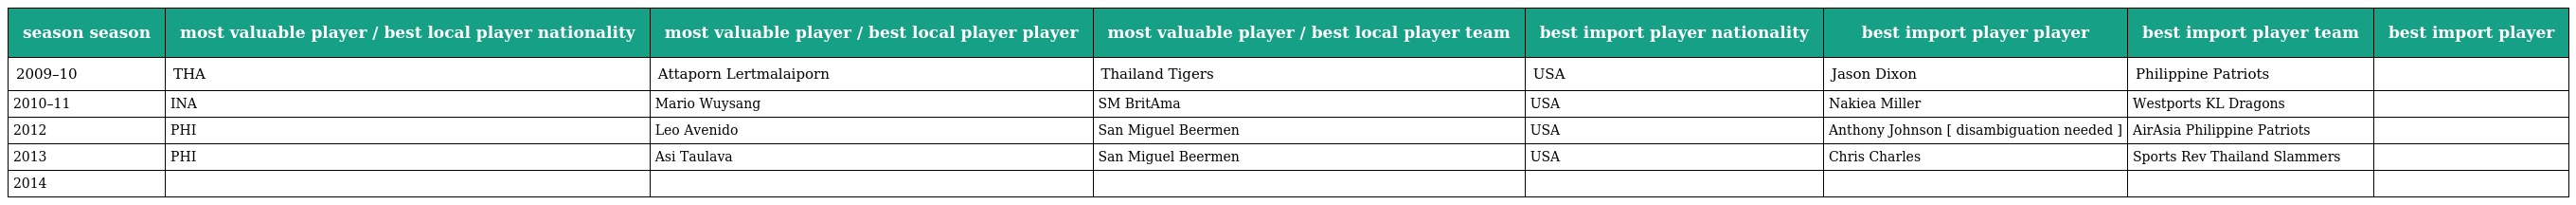
| season season | most valuable player / best local player nationality | most valuable player / best local player player | most valuable player / best local player team | best import player nationality | best import player player | best import player team | best import player |
 | --- | --- | --- | --- | --- | --- | --- | --- |
 | 2009–10 | THA | Attaporn Lertmalaiporn | Thailand Tigers | USA | Jason Dixon | Philippine Patriots |  |
 | 2010–11 | INA | Mario Wuysang | SM BritAma | USA | Nakiea Miller | Westports KL Dragons |  |
 | 2012 | PHI | Leo Avenido | San Miguel Beermen | USA | Anthony Johnson [ disambiguation needed ] | AirAsia Philippine Patriots |  |
 | 2013 | PHI | Asi Taulava | San Miguel Beermen | USA | Chris Charles | Sports Rev Thailand Slammers |  |
 | 2014 |  |  |  |  |  |  |  |